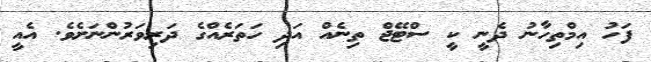
ފަހު އިމްތިހާނު ދެނީ ކީ ސްޓޭޖް ތިނެއް އަދި ހަތަރެއްގެ ދަރިވަރުންނަށެވެ. އެއީ